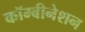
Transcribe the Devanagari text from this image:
कॉम्बीनेशन